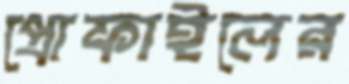
প্রোফাইলের